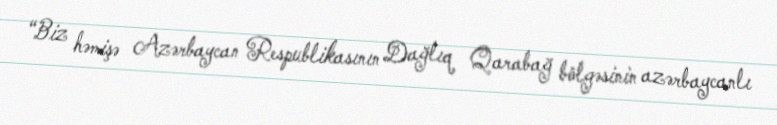
“Biz həmişə Azərbaycan Respublikasının Dağlıq Qarabağ bölgəsinin azərbaycanlı